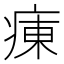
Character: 𤷆